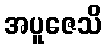
အပူဇေသိ